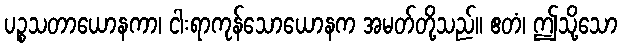
ပဉ္စသတာယောနကာ၊ ငါးရာကုန်သောယောနက အမတ်တို့သည်။ ဧတံ၊ ဤသို့သော